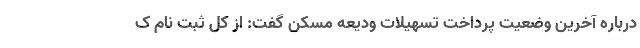
درباره آخرین وضعیت پرداخت تسهیلات ودیعه مسکن گفت: از کل ثبت نام ک